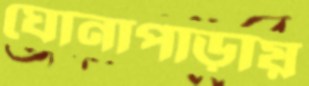
ঘোনাপাড়ায়